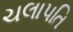
ચલાપતિ